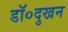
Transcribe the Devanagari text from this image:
डॉ०दुखन